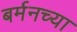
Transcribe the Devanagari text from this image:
बर्मनच्या